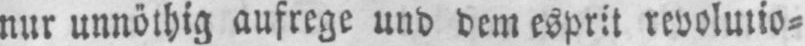
nur unnöthig aufrege und dem esprit revolutio⸗